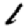
Digit: 1